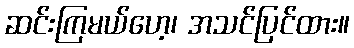
ဆင်းကြမယ်ဟေ့၊ အသင်ပြင်ထား။